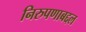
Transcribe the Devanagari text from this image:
निरुपणाबद्दल